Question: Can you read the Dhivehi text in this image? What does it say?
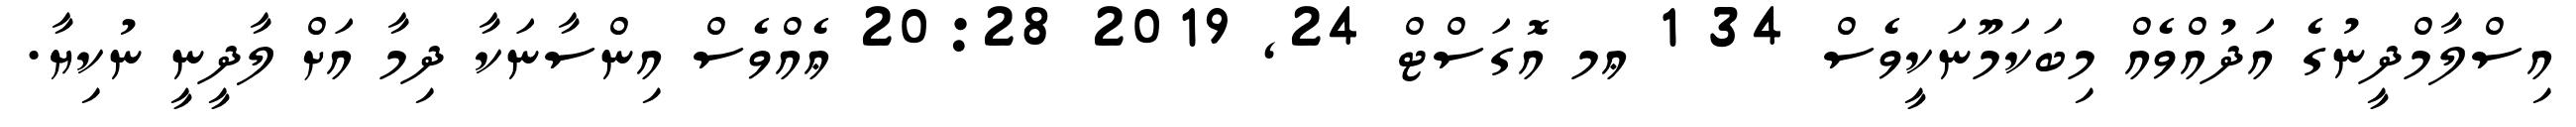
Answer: އިސްލާމްދީނުގެ އަދުއްވެއް މިބަކަމޫނަކީވެސް 34 1 ޢމ އޮގަސްޓް 24, 2019 20:28 ޢެއްވެސް އިންސާނަކާ ދިމާ އަށް ލާދީނީ ނުކިޔާ.